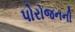
પોરોજનની